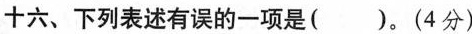
十六、下列表述有误的一项是( )。(4分)